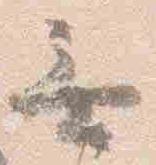
無